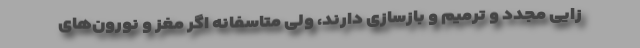
زایی مجدد و ترمیم و بازسازی دارند، ولی متاسفانه اگر مغز و نورون‌های